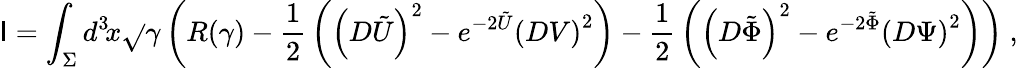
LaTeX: \mathsf{I}=\int_{\Sigma}d^{3}\! x\sqrt{}{{\gamma}}\left(R(\gamma)-{\frac{{1}}{{2}}}\left(\left(D\tilde{{U}}\right)^{2}-e^{-2\tilde{{U}}}\left(DV\right)^{2}\right)-{\frac{{1}}{{2}}}\left(\left(D\tilde{{\Phi}}\right)^{2}-e^{-2\tilde{{\Phi}}}\left(D\Psi\right)^{2}\right)\right)\ ,